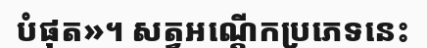
បំផុត»។ សត្វអណ្តើកប្រភេទនេះ